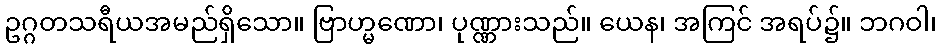
ဥဂ္ဂတသရီယအမည်ရှိသော။ ဗြာဟ္မဏော၊ ပုဏ္ဏားသည်။ ယေန၊ အကြင် အရပ်၌။ ဘဂဝါ၊